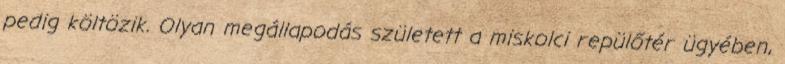
pedig költözik. Olyan megállapodás született a miskolci repülőtér ügyében,